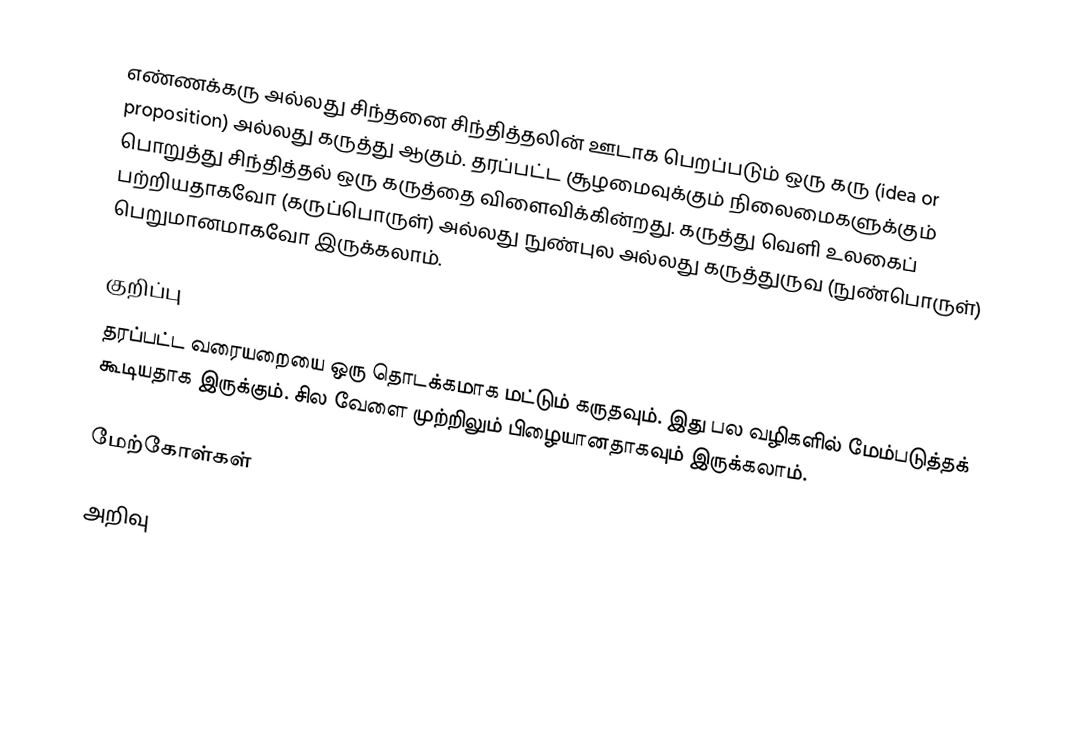
எண்ணக்கரு அல்லது சிந்தனை சிந்தித்தலின் ஊடாக பெறப்படும் ஒரு கரு (idea or proposition) அல்லது கருத்து ஆகும். தரப்பட்ட சூழமைவுக்கும் நிலைமைகளுக்கும் பொறுத்து சிந்தித்தல் ஒரு கருத்தை விளைவிக்கின்றது. கருத்து வெளி உலகைப் பற்றியதாகவோ (கருப்பொருள்) அல்லது நுண்புல அல்லது கருத்துருவ (நுண்பொருள்) பெறுமானமாகவோ இருக்கலாம்.

குறிப்பு
தரப்பட்ட வரையறையை ஒரு தொடக்கமாக மட்டும் கருதவும். இது பல வழிகளில் மேம்படுத்தக் கூடியதாக இருக்கும். சில வேளை முற்றிலும் பிழையானதாகவும் இருக்கலாம்.

மேற்கோள்கள்

அறிவு